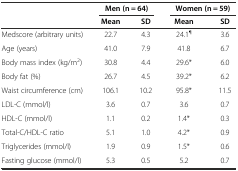
<table><thead><tr><td></td><td colspan="2"><b>Men (n = 64)</b></td><td colspan="2"><b>Women (n = 59)</b></td></tr><tr><td></td><td><b>Mean</b></td><td><b>SD</b></td><td><b>Mean</b></td><td><b>SD</b></td></tr></thead><tbody><tr><td>Medscore (arbitrary units)</td><td>22.7</td><td>4.3</td><td>24.1<sup>¶</sup></td><td>3.6</td></tr><tr><td>Age (years)</td><td>41.0</td><td>7.9</td><td>41.8</td><td>6.7</td></tr><tr><td>Body mass index (kg/m<sup>2</sup>)</td><td>30.8</td><td>4.4</td><td>29.6*</td><td>6.0</td></tr><tr><td>Body fat (%)</td><td>26.7</td><td>4.5</td><td>39.2*</td><td>6.2</td></tr><tr><td>Waist circumference (cm)</td><td>106.1</td><td>10.2</td><td>95.8*</td><td>11.5</td></tr><tr><td>LDL-C (mmol/l)</td><td>3.6</td><td>0.7</td><td>3.6</td><td>0.7</td></tr><tr><td>HDL-C (mmol/l)</td><td>1.1</td><td>0.2</td><td>1.4*</td><td>0.3</td></tr><tr><td>Total-C/HDL-C ratio</td><td>5.1</td><td>1.0</td><td>4.2*</td><td>0.9</td></tr><tr><td>Triglycerides (mmol/l)</td><td>1.9</td><td>0.9</td><td>1.5*</td><td>0.6</td></tr><tr><td>Fasting glucose (mmol/l)</td><td>5.3</td><td>0.5</td><td>5.2</td><td>0.7</td></tr></tbody></table>